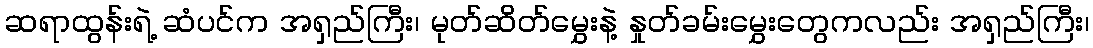
ဆရာထွန်းရဲ့ ဆံပင်က အရှည်ကြီး၊ မုတ်ဆိတ်မွှေးနဲ့ နှုတ်ခမ်းမွှေးတွေကလည်း အရှည်ကြီး၊